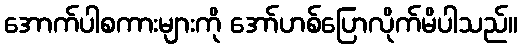
အောက်ပါစကားများကို အော်ဟစ်ပြောလိုက်မိပါသည်။